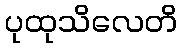
ပုထုသိလေတိ